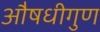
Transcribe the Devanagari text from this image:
औषधीगुण